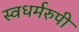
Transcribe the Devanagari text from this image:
स्वधर्मरुपी